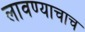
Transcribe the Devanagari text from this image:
लावण्याचाच